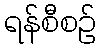
ရန်စီစဉ်